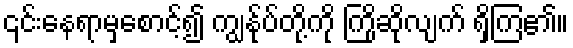
၎င်းနေရာမှစောင့်၍ ကျွန်ုပ်တို့ကို ကြိုဆိုလျက် ရှိကြ၏။